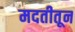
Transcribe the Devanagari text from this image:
मदतीतून